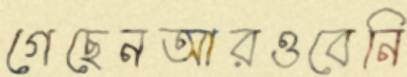
গেছেনআরওবেনি